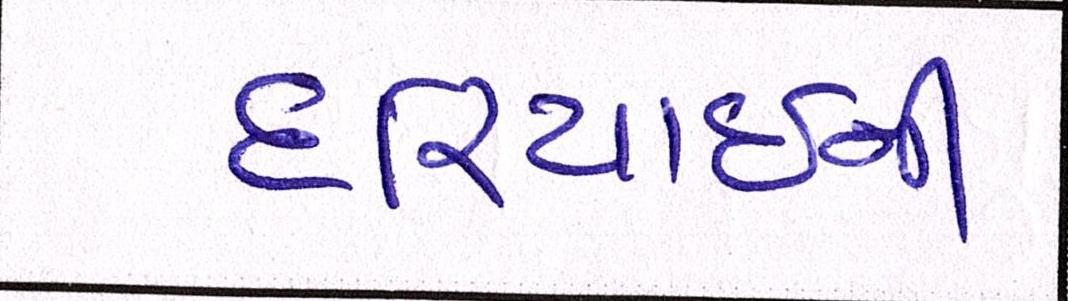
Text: દરિયાઈની